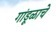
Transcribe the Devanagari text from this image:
गांडूळाचे